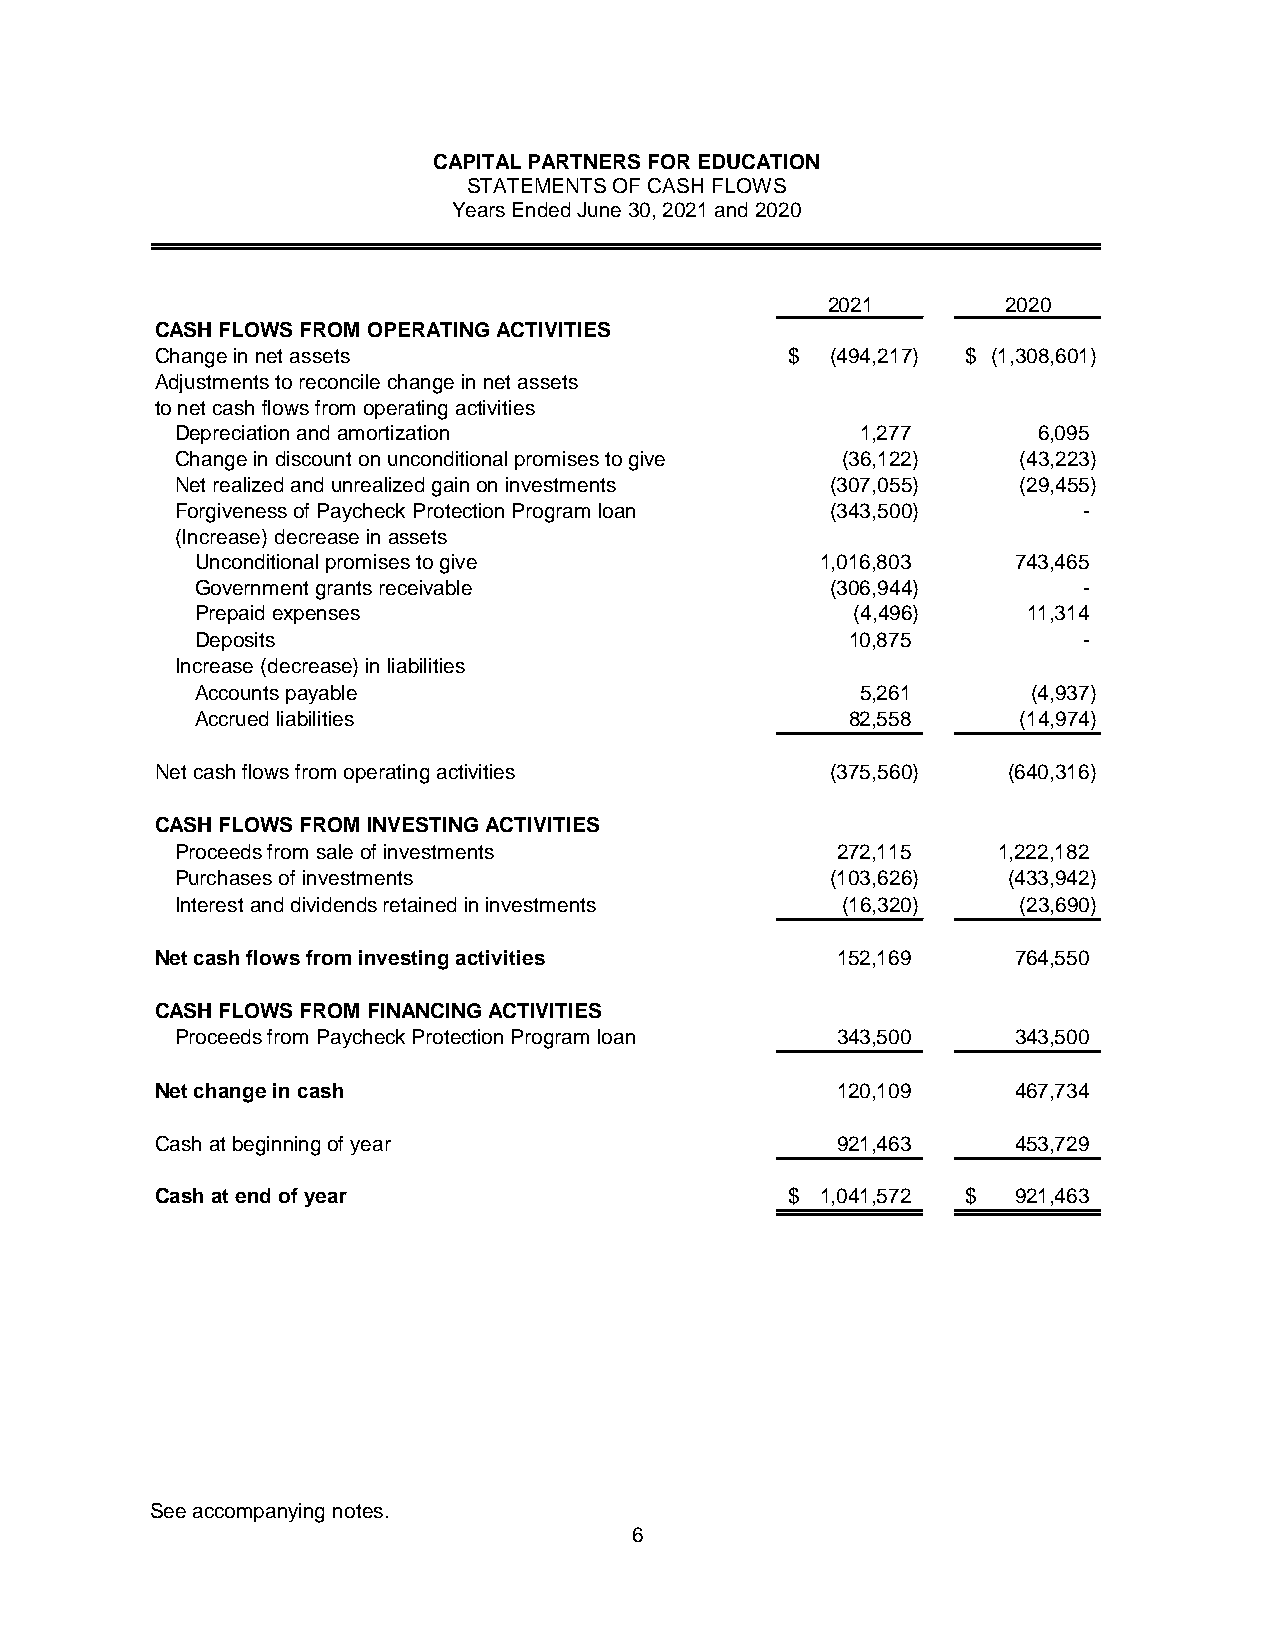
CAPITAL PARTNERS FOR EDUCATION
 STATEMENTS OF CASH FLOWS
 Years Ended June 30, 2021 and 2020
 2021        2020
 CASH FLOWS FROM OPERATING ACTIVITIES
 Change in net assets                      $  (494,217) $ (1,308,601)
 Adjustments to reconcile change in net assets
 to net cash flows from operating activities
 Depreciation and amortization                1,277       6,095
 Change in discount on unconditional promises to give ( 36,122) (43,223)
 Net realized and unrealized gain on investments (307,055) (29,455)
 Forgiveness of Paycheck Protection Program loan (343,500)   -
 (Increase) decrease in assets
 Unconditional promises to give           1,016,803    743,465
 Government grants receivable              (306,944)        -
 Prepaid expenses                           (4,496)     11,314
 Deposits                                   10,875          -
 Increase (decrease) in liabilities
 Accounts payable                            5,261      (4,937)
 Accrued liabilities                        82,558     (14,974)
 Net cash flows from operating activities     (375,560)   (640,316)
 CASH FLOWS FROM INVESTING ACTIVITIES
 Proceeds from sale of investments          272,115    1,222,182
 Purchases of investments                   (103,626)   (433,942)
 Interest and dividends retained in investments (16,320) (23,690)
 Net cash flows from investing activities     152,169     764,550
 CASH FLOWS FROM FINANCING ACTIVITIES
 Proceeds from Paycheck Protection Program loan 343,500 343,500
 Net change in cash                           120,109     467,734
 Cash at beginning of year                    921,463     453,729
 Cash at end of year                       $ 1,041,572 $  921,463
 See accompanying notes.
 6